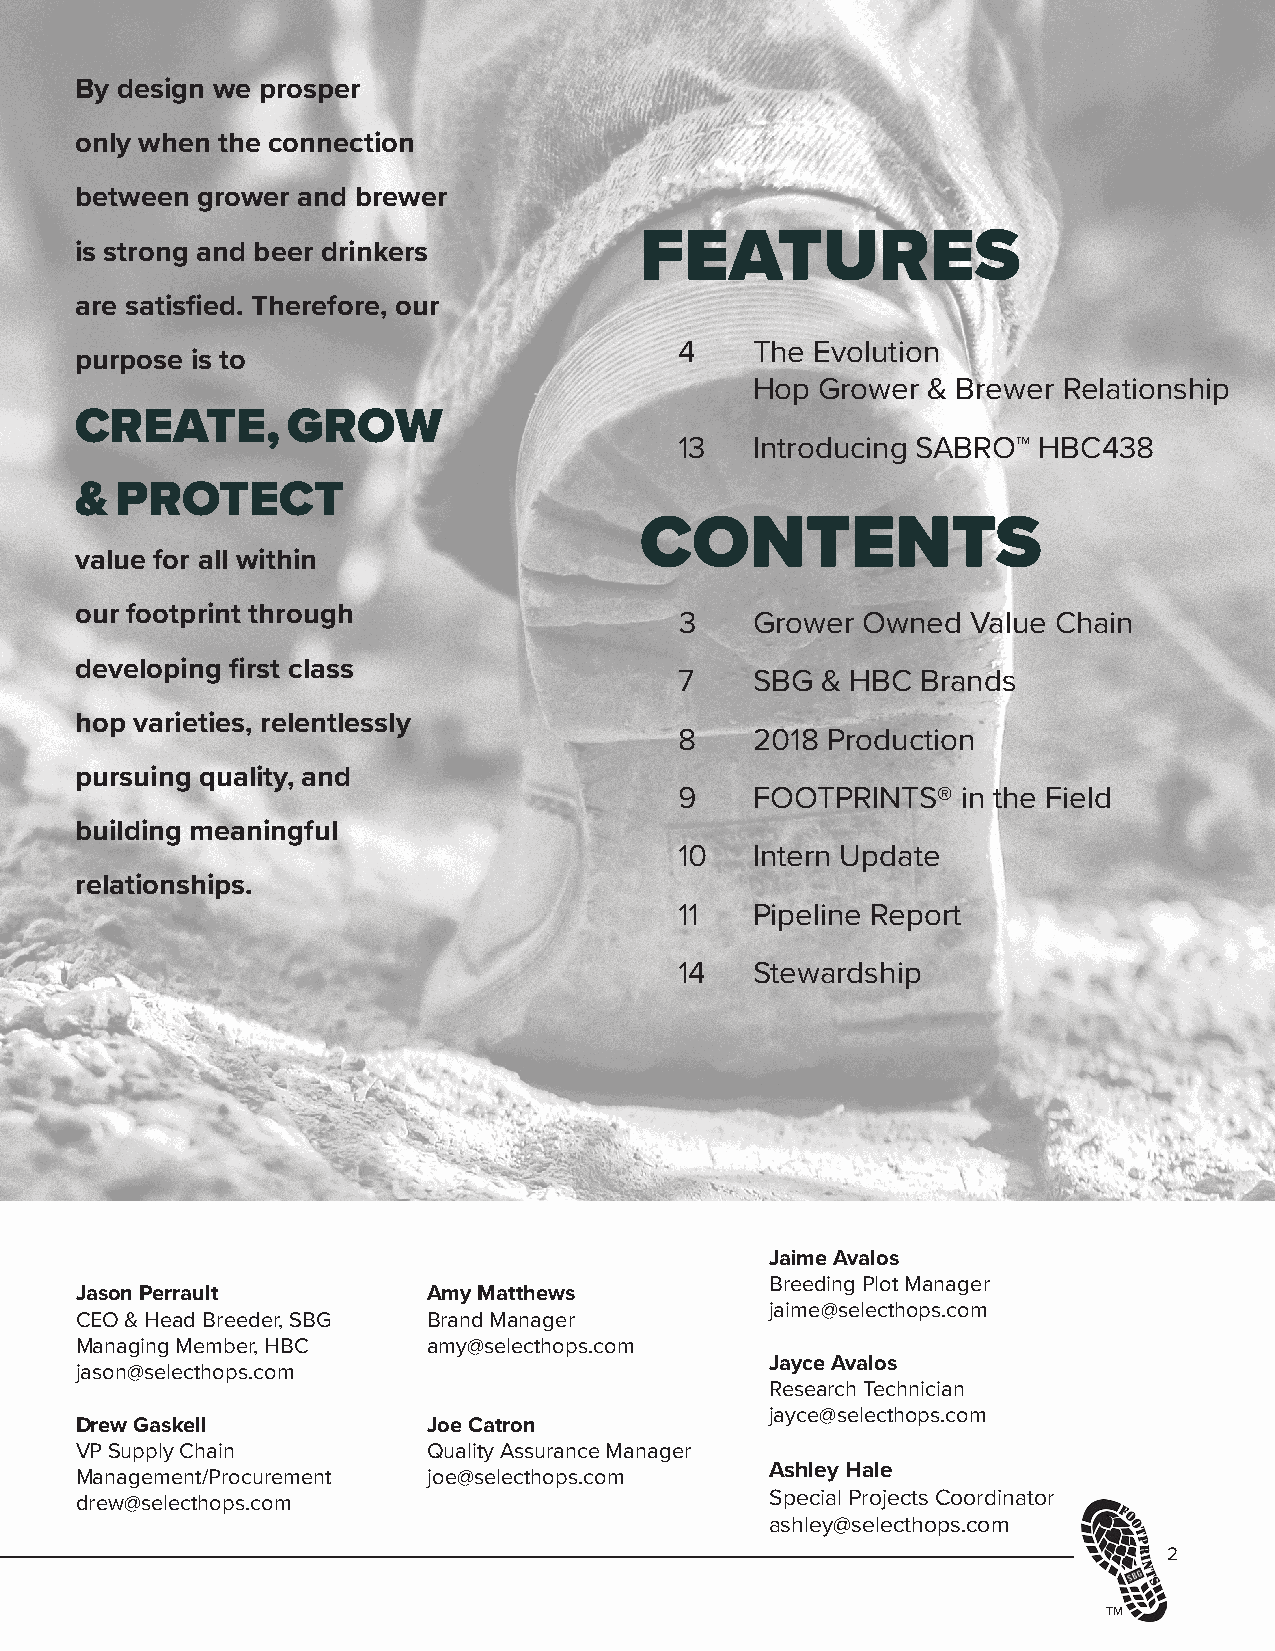
By design we prosper
 only when the connection
 between grower and brewer
 FEATURES
 is strong and beer drinkers
 are satisfied. Therefore, our
 4    The Evolution
 purpose is to
 Hop Grower & Brewer Relationship
 CREATE,       GROW
 13   Introducing SABRO™ HBC438
 &  PROTECT
 CONTENTS
 value for all within
 our footprint through
 3    Grower Owned  Value Chain
 developing first class
 7    SBG & HBC  Brands
 hop varieties, relentlessly
 8    2018 Production
 pursuing quality, and
 9    FOOTPRINTS®   in the Field
 building meaningful
 10   Intern Update
 relationships.
 11   Pipeline Report
 14   Stewardship
 Jaime Avalos
 Breeding Plot Manager
 Jason Perrault         Amy Matthews
 Thank you for your time,
 jaime@selecthops.com
 CEO & Head Breeder, SBG Brand Manager
 Managing Member, HBC   amy@selecthops.com
 Jayce Avalos
 jason@selecthops.com
 Research Technician
 jayce@selecthops.com
 Drew Gaskell           Joe Catron
 VP Supply Chain        Quality Assurance Manager
 Jason Perrault, CEO Management/Procurement joe@selecthops.com Ashley Hale
 drew@selecthops.com                           Special Projects Coordinator
 ashley@selecthops.com
 2
 TM